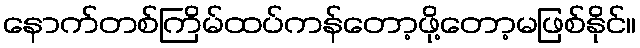
နောက်တစ်ကြိမ်ထပ်ကန်တော့ဖို့တော့မဖြစ်နိုင်။